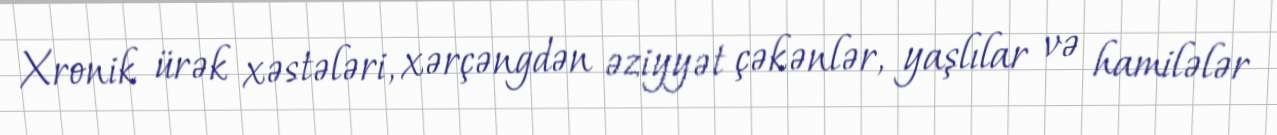
Xronik ürək xəstələri, xərçəngdən əziyyət çəkənlər, yaşlılar və hamilələr